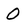
Character: o